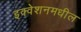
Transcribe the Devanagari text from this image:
इक्वेशनमधील